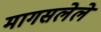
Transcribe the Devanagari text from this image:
मागसलेले